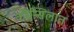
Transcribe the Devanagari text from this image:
कौन्सिलांत